Vital statistics of India. Vol. IV, Annual returns from 1871 to 1876. British Army of India, Native Army and jails of Bengal
Year: 1871
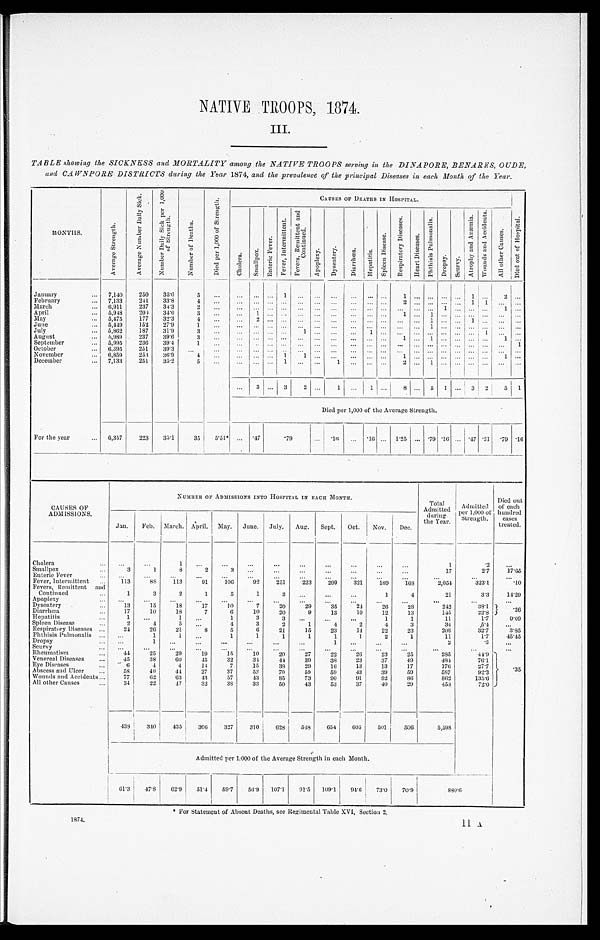
1 8 7 4 . 1 1 A
NATIVE TROOPS, 1874.
III.
TABLE showing the SICKNESS and MORTALITY among the NATIVE TROOPS serving in the DINAPORE, BENARES, OUDE,
and CAWNPORE DISTRICTS during the Year 1874, and the prevalence of the principal Diseases in each Month of the Year.
M O N T H S .
A v e r a g e S t r e n g t h .
A v e r a g e N u m b e r D a i l y S i c k .
N u m b e r D a i l y S i c k p e r 1 , 0 0 0 o f S t r e n g t h .
N u m b e r o f D e a t h s .
D i e d p e r 1 , 0 0 0 o f S t r e n g t h .
C A U S E S O F D E A T H S I N H O S P I T A L .
D i e d o u t o f H o s p i t a l .
C h o l e r a .
S m a l l p o x .
E n t e r i c F e v e r .
F e v e r , I n t e r m i t t e n t .
F e v e r s , R e m i t t e n t a n d C o n t i n u e d .
A p o p l e x y .
D y s e n t e r y .
D i a r r h œ a .
H e p a t i t i s .
S p l e e n D i s e a s e .
R e s p i r a t o r y D i s e a s e s .
H e a r t D i s e a s e s .
P h t h i s i s P u l m o n a l i s .
D r o p s y .
S c u r v y .
A t r o p h y a n d A n æ m i a .
W o u n d s a n d A c c i d e n t s .
A l l o t h e r C a u s e s .
January . . . 7,140
250
35.0
5
. . .
. . .
. . .
. . .
1
. . .
. . .
. . .
. . .
. . .
. .
.
1
. . .
. . .
. . .
. . .
1
. . .
2
. . .
February . . . 7,133
241
33.8
4
. . .
. . .
. . .
. . .
. . .
. . .
. . .
. . .
. . .
. . .
. . .
2
. . .
. . .
. . .
. . .
1
1
. . .
. . .
M a r c h . . .
6,911
237
34.3
2
. . .
. . .
. . .
. . .
. . .
. . .
. . .
. . .
. . .
. . .
. . .
. . .
. . .
. . .
1
. . .
. . .
. . .
1
. . .
April . . . 5,948
20<i l l egi bl e>
34.6
3
. . .
. . .
1
. . .
. . .
. . .
. . .
. . .
. . .
. . .
. . .
1
. . .
1
. . .
. . .
. . .
. . .
. . .
. . .
May . . . 5,475
177
3 2 . 3
4
. . .
. . .
2
. . .
. . .
. . .
. . .
. . .
. . .
. . .
. . .
. . .
. . .
1
. . .
. . .
1
. . .
. . .
. . .
June . . . 5,449
152
27.9
1
. . .
. . .
. . .
. . .
. . .
. . .
. . .
. . .
. . .
. . .
. . .
. . .
. . .
1
. . .
. . .
. . .
. . .
. . .
. . .
J u l y . . . 5,862
187
31.9
3
. . .
. . .
. . .
. . .
. . .
1
. . .
. . .
. . .
1
. . .
. . .
. . .
. . .
. . .
. . .
. . .
1
. . .
. . .
August . . . 5,989
237
39.6
3
. . .
. . .
. . .
. . .
. . .
. . .
. . .
. . .
. . .
. . .
. . .
1
. . .
1
. . .
. . .
. . .
. . .
1
. . .
September . . . 5,995
236
39.4
1
. . .
. . .
. . .
. . .
. . .
. . .
. . .
. . .
. . .
. . .
. . .
. . .
. . .
. . .
. . .
. . .
. . .
. . .
. . .
1
October . . . 6,395
251
39.3
. . .
. . .
. . .
. . .
. . .
. . .
. . .
. . .
. . .
. . .
. . .
. . .
. . .
. . .
. . .
. . .
. . .
. . .
. . .
. . .
. . .
November . . . 6,859
253
36.9
4
. . .
. . .
. . .
. . .
1 1
. . .
. . .
. . .
. . .
. . .
1
. . .
. . .
. . .
. . .
. . .
. . .
1
. . .
December . . . 7,133
251
35.2
5
. . .
. . .
. . .
. . .
1
. . .
. . .
1
. . .
. . .
. . .
2
. . .
1
. . .
. . .
. . .
. . .
. . .
. . .
. . .
3
. . .
3 2
. . .
1
. . .
1
. . .
8
. . .
5 1
. . .
3 2
5 1
D i e d p e r 1 , 0 0 0 o f t h e A v e r a g e S t r e n g t h .
For the year . . . 6,357
223
35.1
35
5.51*
. . .
.47
.79
. . .
. 1 6
. . .
.16
. . .
1.25
. . .
.79 .16
. . .
.47 .31 .79 .16
CAUSES OF
ADMISSIONS.
NUMBER OF ADMISSIONS INTO HOSPITAL IN EACH MONTH.
Total
Admitted
during
the Year.
Admitted
per 1,000 of
Strength.
Died out
of each
hundred
cases
treated.
Jan.
Feb. March. April. May. June. July.
Aug.
Sept.
Oct.
Nov.
Dec.
Cholera . . .
. . .
. . .
1
. . .
. . .
. . .
. . .
. . .
. . .
. . .
. . .
. . .
1
.2
. . .
Smallpox . . .
3
1
8
2
3
. . .
. . .
. . .
. . .
. . .
. . .
. . .
1 7
2.7
17.65
Enteric Fever . . .
. . .
. . .
. . .
. . .
. . .
. . .
. . .
. . .
. . .
. . .
. . .
. . .
. . .
. . .
. . .
Fever, Intermittent . . .
113
88
113
91
106
92
251
223
299
321
189
168
2,054
323.1
.10
Fevers, Remittent and
Continued
. . .
1
3
2
1
5
1
3
. . .
. . .
. . .
1
4
21
3.3
14.29
Apoplexy . . .
. . .
. . .
. . .
. . .
. . .
. . .
. . .
. . .
. . .
. . .
. . .
. . .
. . .
. . .
. . .
Dysentery . . .
13
15
18
17
10
7
20
29
35
24
26
28
242
38.1
. 2 6
Diarrhœa . . .
17
10
18
7
6
10
20
9
13
10
12
13
145
22.8
H e p a t i t i s . . .
1
. . .
1
. . .
1
3
3
. . .
. . .
. . .
1
1
11
1.7
9.09
S p l e e n D i s e a s e . . .
2
4
5
. . .
4
3
2
1
4
2
4
3
34
5.4
. . .
Respiratory Diseases . . .
24
26
21
8
5
6
21
15
23
14
22
23
208
32.7
3.85
Phthisis Pulmonalis . . .
. . .
1
1
. . .
1
1
1
1
1
1
2
1
11
1.7
45.45
Dropsy . . .
. . .
1
. . .
. . .
. . .
. . .
. . .
. . .
1
. . .
. . .
. . .
2
. 3
. . .
S c u r v y . . .
. . .
. . .
. . .
. . .
. . .
. . .
. . .
. . .
. . .
. . .
. . .
. . .
. . .
. . .
. . .
Rheumatism . . .
44
25
29
19
15
10
20
27
22
26
23
25
285
44.9 . 3 5
Venereal Diseases . . . 45
38
60
45
32
34
4 4
39
38
23
37
49
484
76.1
Eye Diseases . . .
6
4
4
14
7
15
38
29
16
13
13
17
176
27.7
Abscess and Ulcer . . .
58
40
44
27
37
52
70
59
59
43
39
59
587
92.3
Wounds and Accidents . . .
77
62
63
43
57
43
85
73
90
91
92
86
862
135.6
All other Causes . . .
34
22
47
32
38
33
50
43
53
37
40
29
458
72.0
438
340
43 5 306
327
3 1 0
628
548
654
605
501
506
5,598
Admitted per 1,000 of the Average Strength in each Month.
6 1 . 3
4 7 . 8
62.9
51.4
59.7
56.9
107.1
91.5
109.1
94.6
73.0
70.9 880.6
* For Statement of Absent Deaths, see Regimental Table XVI, Section 2.